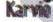
Karvio